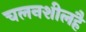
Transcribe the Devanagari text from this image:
चलनशीलहै